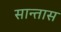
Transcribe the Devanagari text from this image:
सान्तास